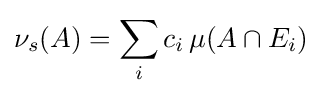
\nu _{s}(A)=\sum _{i}c_{i}\,\mu (A\cap E_{i})